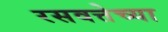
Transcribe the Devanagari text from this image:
रसवत्तेच्या